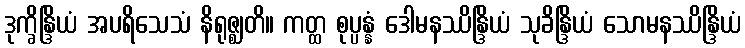
ဒုက္ခိန္ဒြိယံ အပရိသေသံ နိရုဇ္ဈတိ။ ကတ္ထ စုပ္ပန္နံ ဒေါမနဿိန္ဒြိယံ သုခိန္ဒြိယံ သောမနဿိန္ဒြိယံ